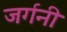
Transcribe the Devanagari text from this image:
जर्गनी